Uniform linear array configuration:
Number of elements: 32
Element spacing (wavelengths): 0.25
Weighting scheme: binomial
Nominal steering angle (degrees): -15
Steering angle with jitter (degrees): -15.258
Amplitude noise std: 0.05
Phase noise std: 0.05

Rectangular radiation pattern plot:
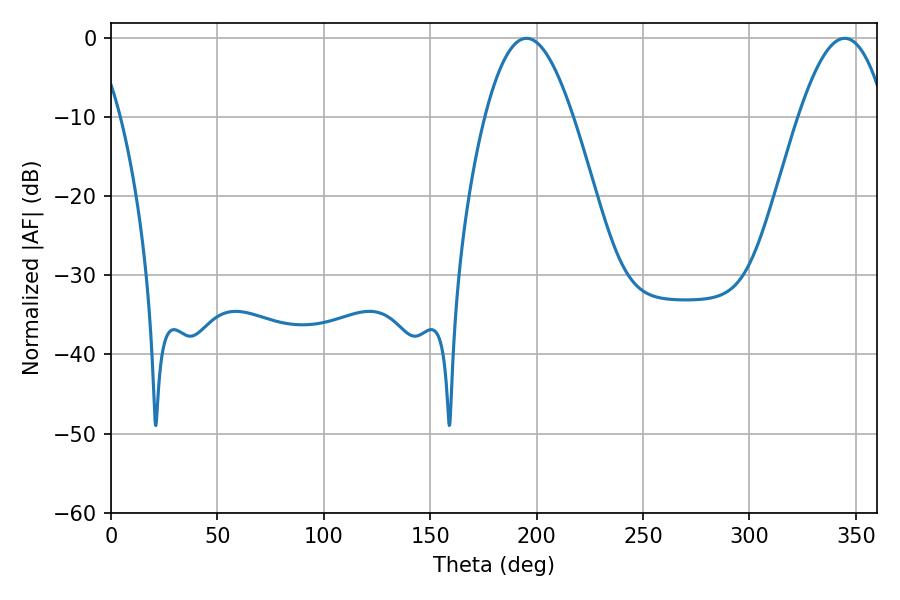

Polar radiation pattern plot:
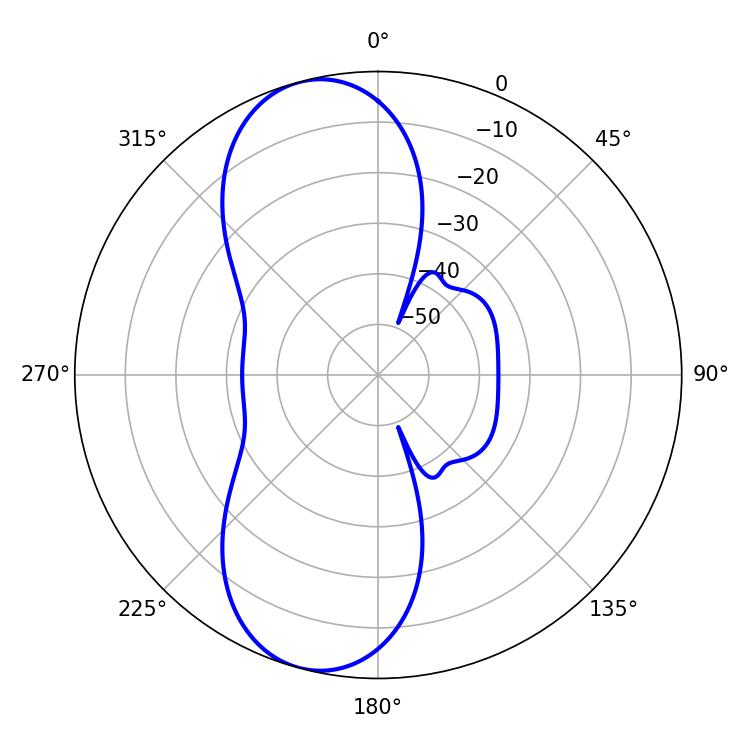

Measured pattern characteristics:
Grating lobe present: FALSE
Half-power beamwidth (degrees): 22.5
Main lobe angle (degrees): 344.7